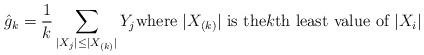
LaTeX: \begin{align*} \hat g_k = \frac{1}{k} \sum_{|X_j|\le|X_{(k)}|} Y_j\mbox{where $|X_{(k)}|$ is the$k$th least value of $|X_i|$}\end{align*}